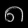
Digit: ၈